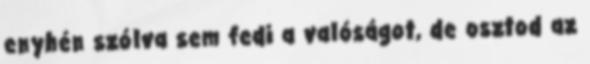
enyhén szólva sem fedi a valóságot, de osztod az